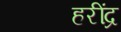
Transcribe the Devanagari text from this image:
हरींद्र